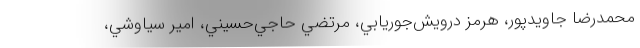
محمدرضا جاويدپور، هرمز درويش‌جوريابي، مرتضي حاجي‌حسيني، امير سياوشي،